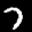
Label: 7